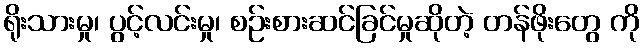
ရိုးသားမှု၊ ပွင့်လင်းမှု၊ စဉ်းစားဆင်ခြင်မှုဆိုတဲ့ တန်ဖိုးတွေ ကို